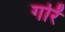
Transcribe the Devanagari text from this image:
गोरें